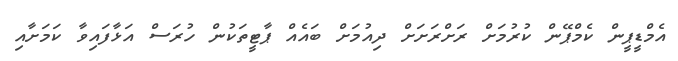
އެމްޑީޕީން ކެމްޕޭން ކުރުމަށް ރަށްރަށަށް ދިއުމަށް ބައެއް ޕާޓީތަކުން ހުރަސް އަޅާފައިވާ ކަމަށާއި